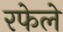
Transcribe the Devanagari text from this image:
रफेले